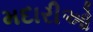
મદારીઓ